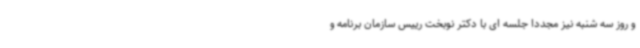
و روز سه شنبه نیز مجددا جلسه ای با دکتر نوبخت رییس سازمان برنامه و